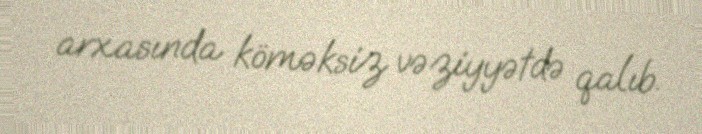
arxasında köməksiz vəziyyətdə qalıb.